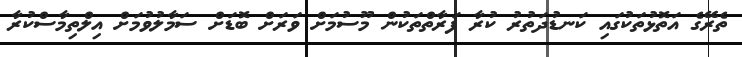
ތެރޭގެ އަތޮޅުތަކުގައި ކަނޑުދަތުރު ކުރާ ފަރާތްތަކުން މޫސުމަށް ވަރަށް ބޮޑަށް ސަމާލުވުމަށް އިލްތިމާސްކުރާ